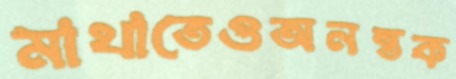
মাথাতেওঅনন্তক